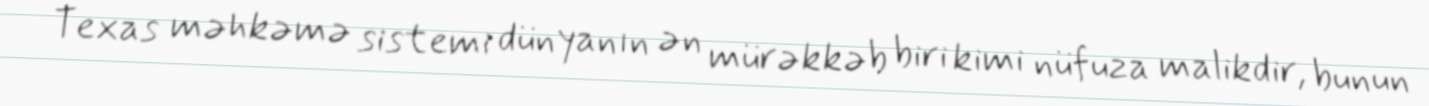
Texas məhkəmə sistemi dünyanın ən mürəkkəb biri kimi nüfuza malikdir, bunun